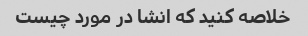
خلاصه کنید که انشا در مورد چیست